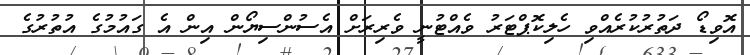
އޮވިޑޯ ދަތުރުކުރެއްވި ހެލިކޮޕްޓަރު ވެއްޓުނީ ވެރިރަށް އެސުންސިޔޯން އިން އެ ގައުމުގެ އުތުރުގެ